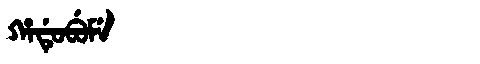
Manchu: ᡥᠠᡩᡠᠪᡠᠮᡝ
Romanization: HADUBUME